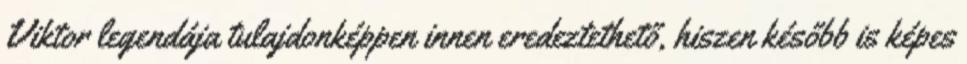
Viktor legendája tulajdonképpen innen eredeztethető, hiszen később is képes